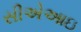
સીએઆઇ